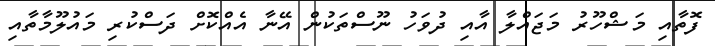
ފޮތާއި މަޝްހޫރު މަޖައްލާ އާއި ދުވަހު ނޫސްތަކުން އޭނާ އެއްކޮށް ދަސްކުރި މައުލޫމާތާއި